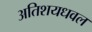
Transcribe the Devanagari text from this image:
अतिशयधवल